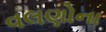
વલણોના